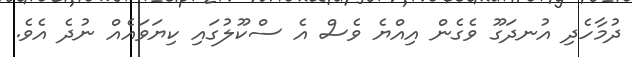
ދުމާހެދި އުނދަގޫ ވެގެން އިއްޔެ ވެސް އެ ސްކޫލުގައި ކިޔަވައެއް ނުދެ އެވެ.